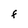
Character: F